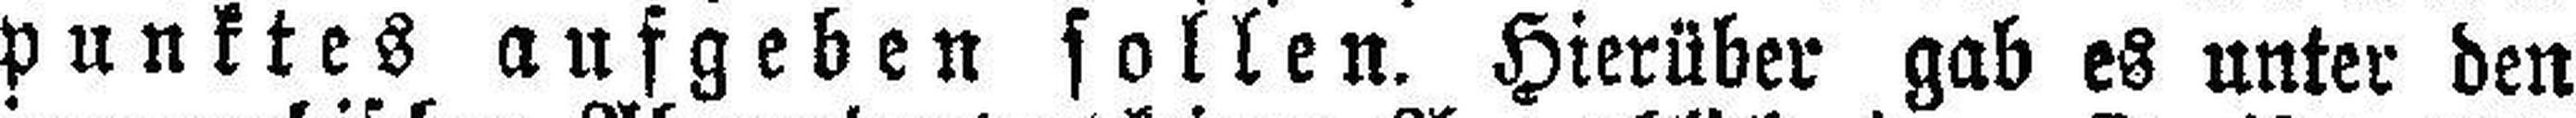
punktes aufgeben sollen. Hierüber gab es unter den